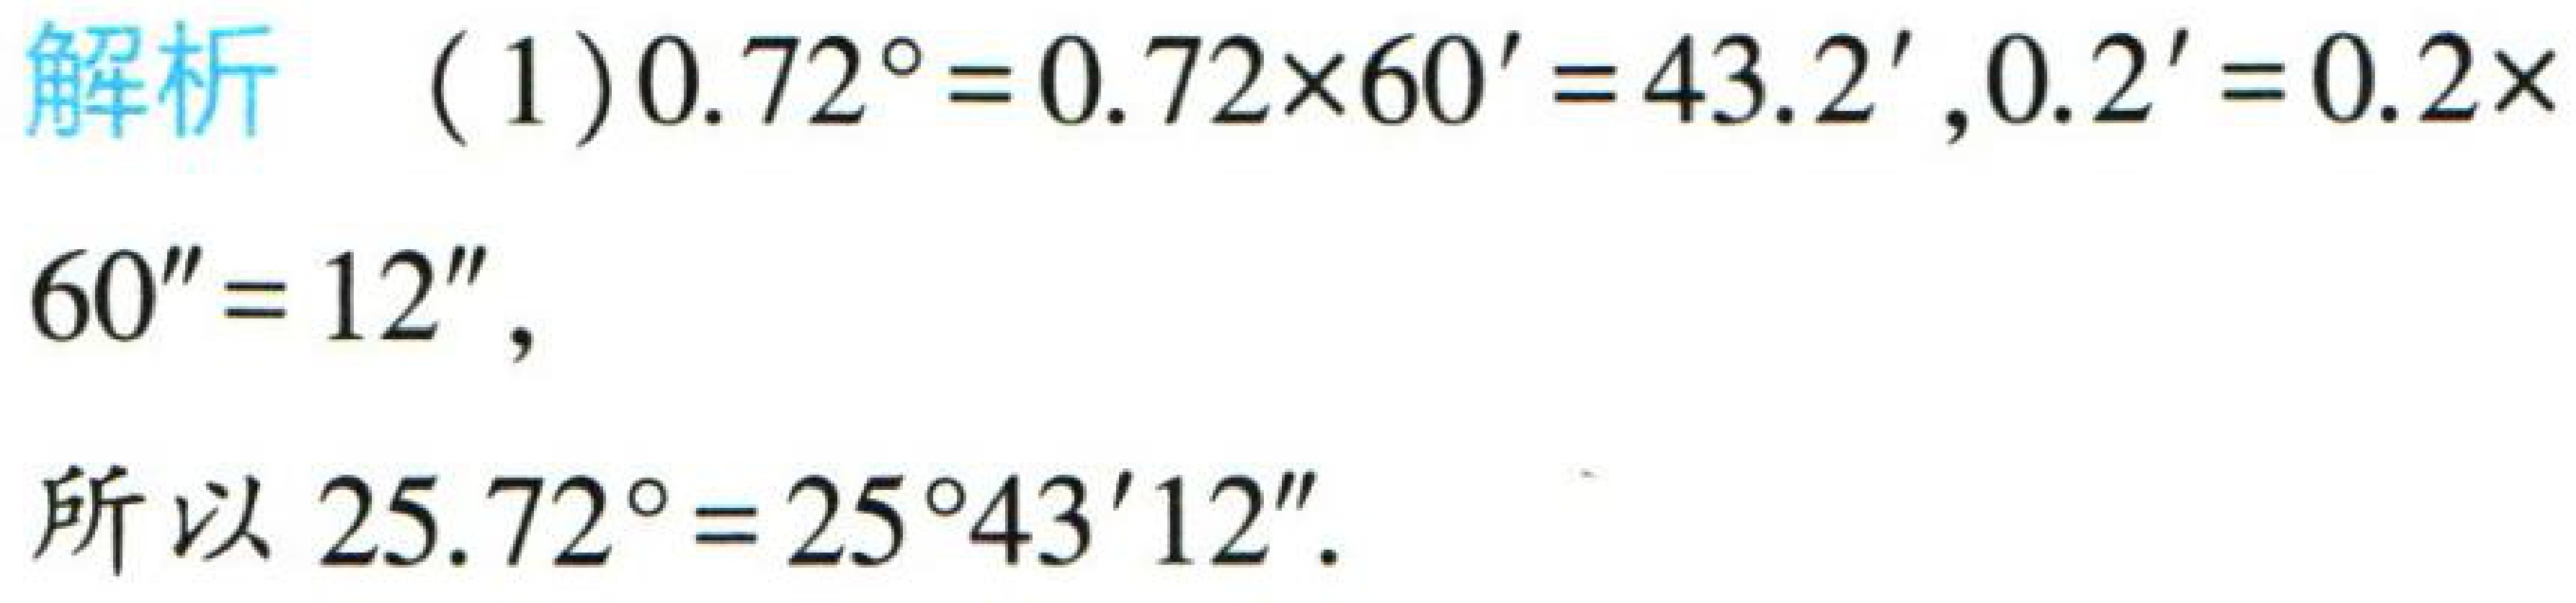
解析 （1）$0.72^{\circ}=0.72\times60' = 43.2'$，$0.2'=0.2\times60'' = 12''$，

所以$25.72^{\circ}=25^{\circ}43'12''$。